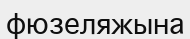
фюзеляжына